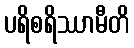
ပရိစရိဿာမီတိ